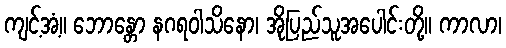
ကျင့်အံ့။ ဘောန္တော နဂရဝါသိနော၊ အိုပြည်သူအပေါင်းတို့။ ကာလာ၊